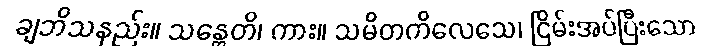
ချဘိသနည်း။ သန္တေတိ၊ ကား။ သမိတကိလေသေ၊ ငြိမ်းအပ်ပြီးသော